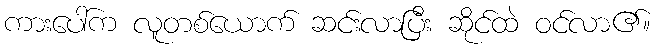
ကားပေါ်က လူတစ်ယောက် ဆင်းလာပြီး ဆိုင်ထဲ ဝင်လာ၏။